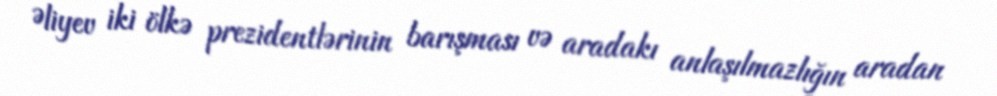
Əliyev iki ölkə prezidentlərinin barışması və aradakı anlaşılmazlığın aradan